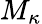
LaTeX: M_{\kappa}